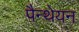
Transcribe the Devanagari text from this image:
पैन्थेयन